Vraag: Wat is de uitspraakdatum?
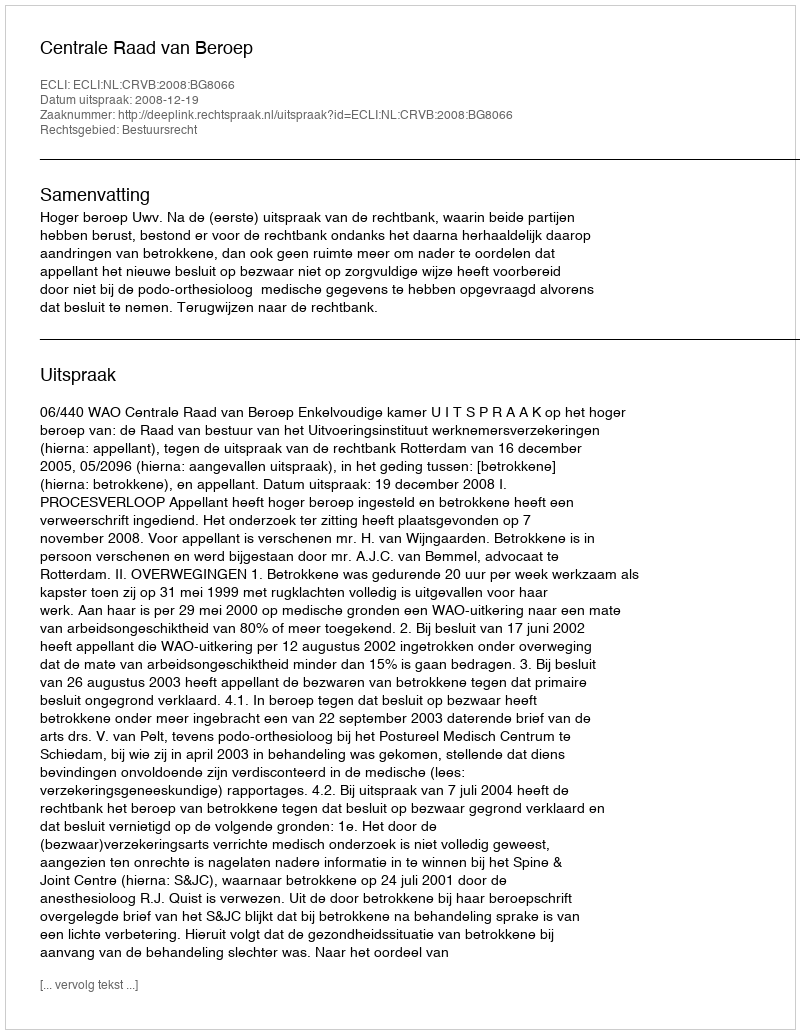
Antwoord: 2008-12-19